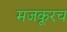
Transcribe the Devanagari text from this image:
मजकूरच